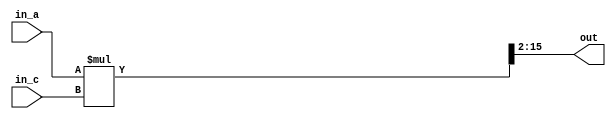

module mul(out, in_c, in_a);
	input signed[7:0] in_a, in_c;
	output signed[13:0] out;
	
	wire signed[15:0]sum;
	
	assign sum = in_a * in_c;
	assign out = sum[15:2];
	
endmodule